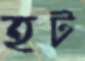
হট